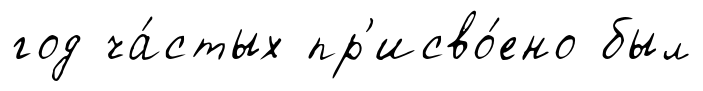
год ча́стых пр'исво́ено был